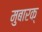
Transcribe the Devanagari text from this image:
मुबारक्